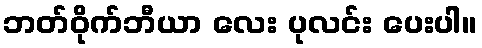
ဘတ်ဝိုက်ဘီယာ လေး ပုလင်း ပေးပါ။